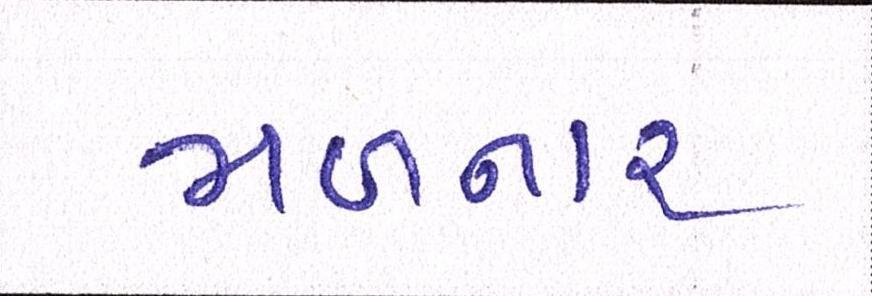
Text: મળનાર